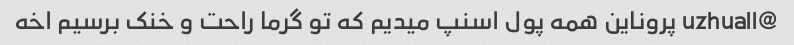
@uzhuall پروناین همه پول اسنپ میدیم که تو گرما راحت و خنک برسیم اخه